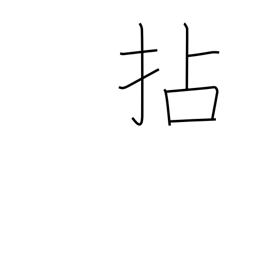
Meaning: wring